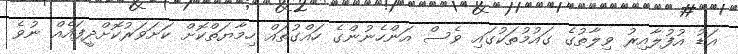
އަޑު އުފުލާއިރު ވިލާތުގެ ގައުމުތަކުގައި ވެސް އަންހެނުންގެ ހައްގުތައް ހިމާޔަތްކޮށް ކަށަވަރުކޮށްދީފައެއް ނުވެ